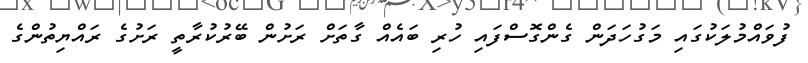
ފުވައްމުލަކުގައި މަގުހަދަން ގެންގޮސްފައި ހުރި ބައެއް ގާތަށް ރަށުން ބޭރުކުރާތީ ރަށުގެ ރައްޔިތުންގެ